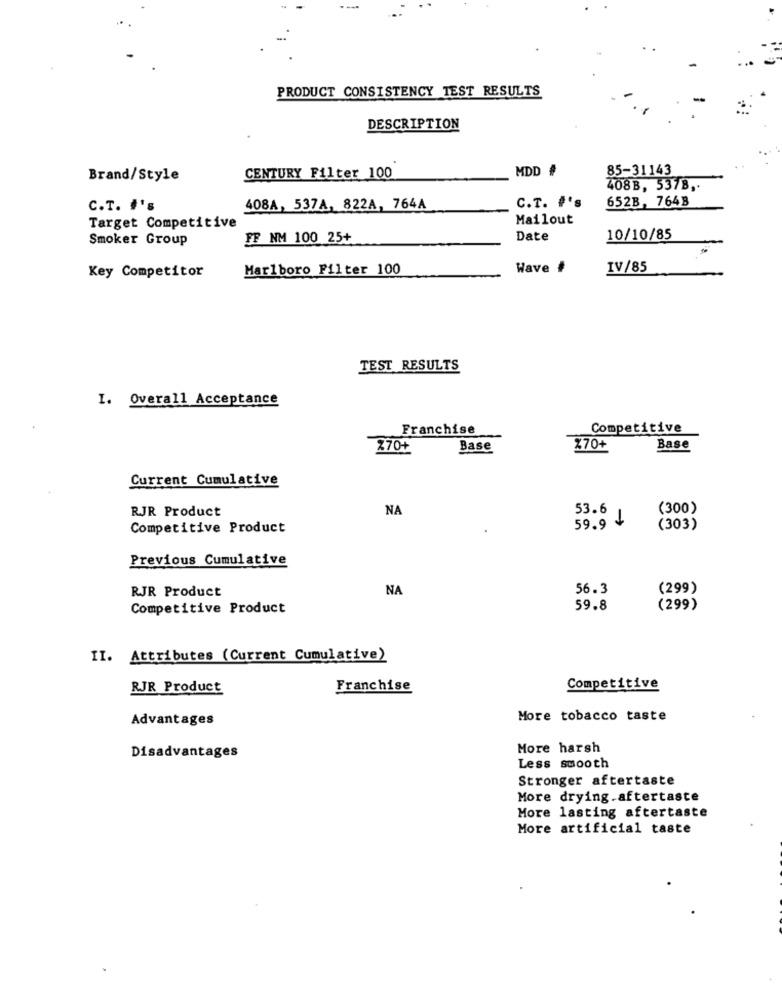
PRODUCT CONSISTENCY TEST RESULTS
DESCRIPTION
MDD #
85-31143
Brand/Style
CENTURY Filter 100
408B, 5378 ,.
652B, 764B
C.T. #'s
408A, 537A, 822A, 764A
C.T. #'s
Mailout
Target Competitive
Smoker Group
FF NM 100 25+
Date
10/10/85
Key Competitor
Marlboro Filter 100
Wave #
IV/85
TEST RESULTS
I. Overall Acceptance
Franchise
Competitive
270+
Base
%70+
Base
Current Cumulative
NA
53.6
(300)
RJR Product
Competitive Product
59.9
(303)
Previous Cumulative
RJR Product
NA
56.3
(299)
Competitive Product
59.8
(299)
II. Attributes (Current Cumulative)
RJR Product
Franchise
Competitive
Advantages
More tobacco taste
Disadvantages
More harsh
Less smooth
Stronger aftertaste
More drying.aftertaste
More lasting aftertaste
More artificial taste